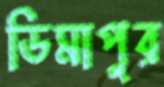
ডিমাপুর